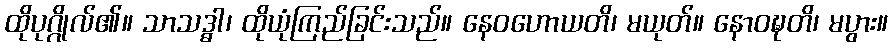
ထိုပုဂ္ဂိုလ်၏။ သာသဒ္ဓါ၊ ထိုယုံကြည်ခြင်းသည်။ နေဝဟောယတိ၊ မယုတ်။ နောဝဍ္ဎတိ၊ မပွား။